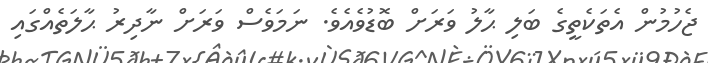
ޖެހުމުން އެތަކެތީގެ ބަލި ޙާލު ވަރަށް ބޮޑުވެއެވެ. ނަމަވެސް ވަރަށް ނާދިރު ޙާލަތެއްގައި